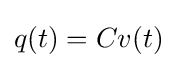
q(t)=Cv(t)\